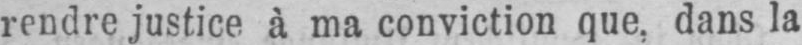
rendre justice à ma conviction que, dans la